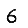
Digit: 6